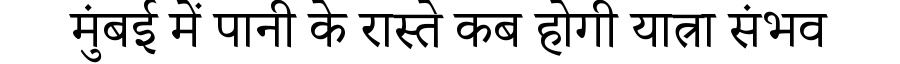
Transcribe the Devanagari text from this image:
मुंबई में पानी के रास्ते कब होगी यात्रा संभव